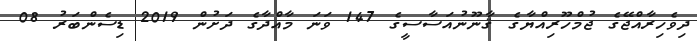
ދިވެހިރާއްޖޭގެ ޖުމްހޫރިއްޔާގެ ޤާނޫނުއަސާސީގެ 147 ވަނަ މާއްދާގެ ދަށުން 2019 ޑިސެންބަރު 08